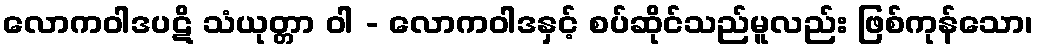
လောကဝါဒပဋိ သံယုတ္တာ ဝါ - လောကဝါဒနှင့် စပ်ဆိုင်သည်မူလည်း ဖြစ်ကုန်သော၊